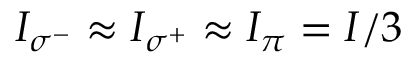
I _ { \sigma ^ { - } } \approx I _ { \sigma ^ { + } } \approx I _ { \pi } = I / 3